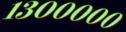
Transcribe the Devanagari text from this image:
१३०००००